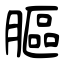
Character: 膒